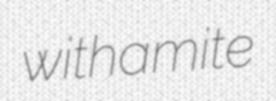
withamite